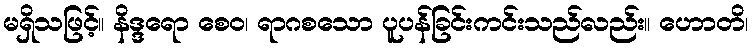
မရှိသဖြင့်။ နိဒ္ဒရော စေဝ၊ ရာဂစသော ပူပန်ခြင်းကင်းသည်လည်း။ ဟောတိ၊